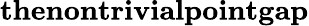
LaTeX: \textbf{thenontrivialpointgap}